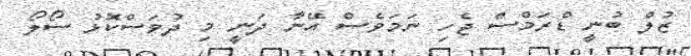
ޒުލް ބުނީ ޑްރަމްސް ޖެހި ނަމަވެސް އޭނާ ދަނީ މި ދުވަސްކޮޅު ސޯލޯ